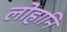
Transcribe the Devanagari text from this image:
लोहानि